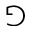
\Game